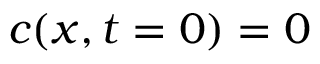
c ( x , t = 0 ) = 0